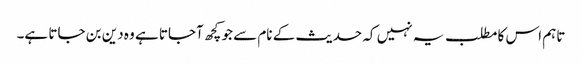
تاہم اس کا مطلب یہ نہیں کہ حدیث کے نام سے جو کچھ آجاتا ہے وہ دین بن جاتا ہے۔